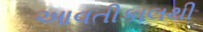
આવતીકાલથી